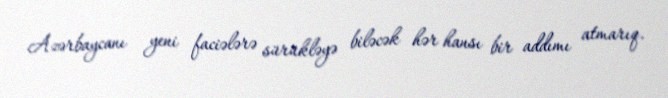
Azərbaycanı yeni faciələrə sürükləyə biləcək hər hansı bir addımı atmarıq.